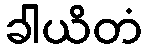
ခါယိတံ